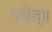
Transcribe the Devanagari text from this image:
पचेत्॥